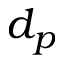
d _ { p }